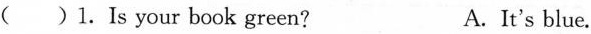
( )1.Is your book green? A.It's blue.